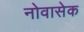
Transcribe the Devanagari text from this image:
नोवासेक